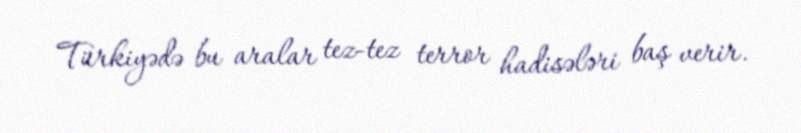
Türkiyədə bu aralar tez-tez terror hadisələri baş verir.